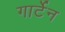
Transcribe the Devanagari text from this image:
गार्टेन